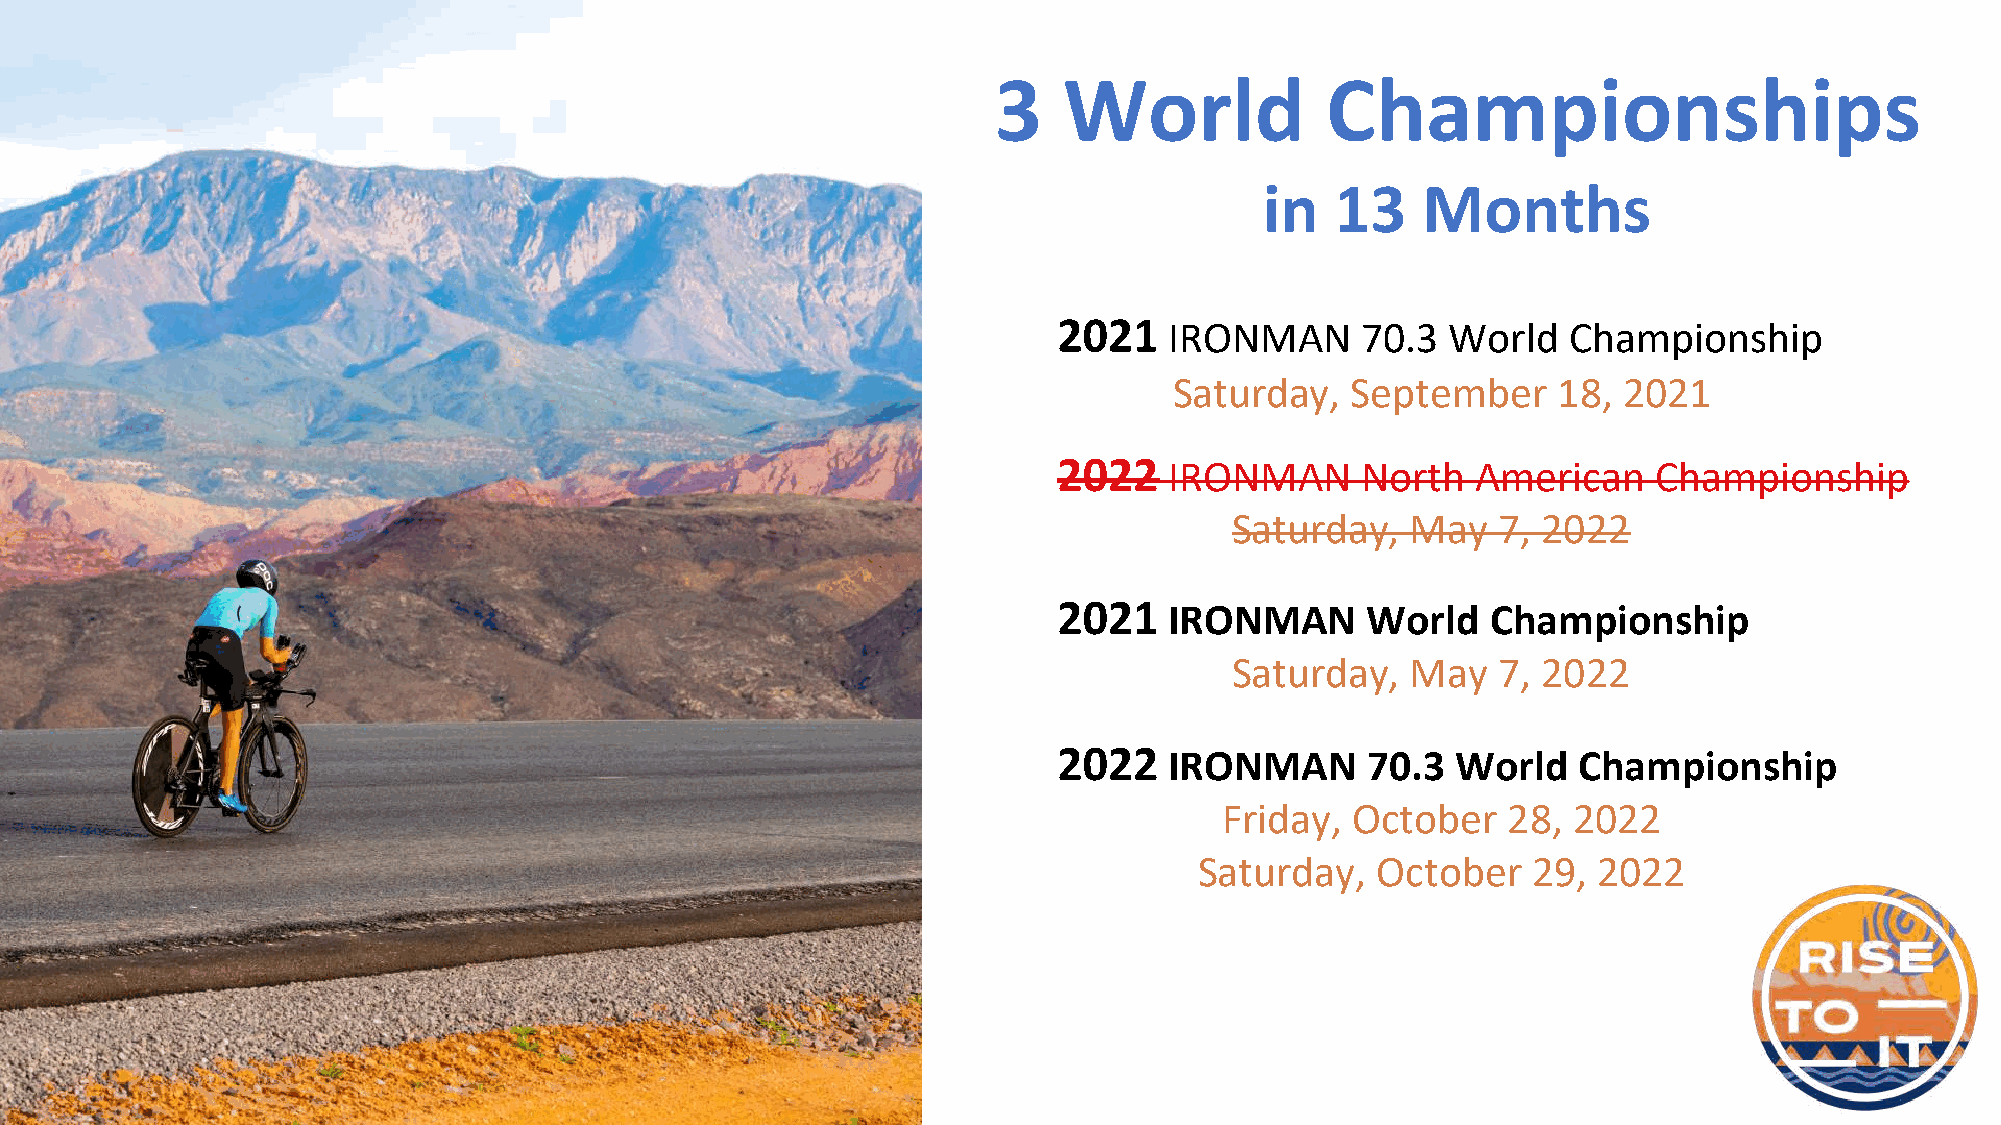
3   World             Championships
 in  13    Months
 2021   IRONMAN      70.3  World   Championship
 Saturday,  September     18, 2021
 2022   IRONMAN      North   American    Championship
 Saturday,  May   7, 2022
 2021   IRONMAN      World    Championship
 Saturday,  May   7, 2022
 2022   IRONMAN      70.3  World   Championship
 Friday, October    28, 2022
 Saturday,   October   29,  2022